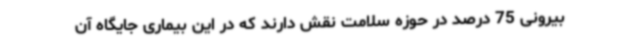
بیرونی 75 درصد در حوزه سلامت نقش دارند که در این بیماری جایگاه آن